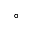
^ \circ